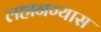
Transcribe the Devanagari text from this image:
लहानग्यास